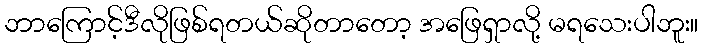
ဘာကြောင့်ဒီလိုဖြစ်ရတယ်ဆိုတာတော့ အဖြေရှာလို့ မရသေးပါဘူး။